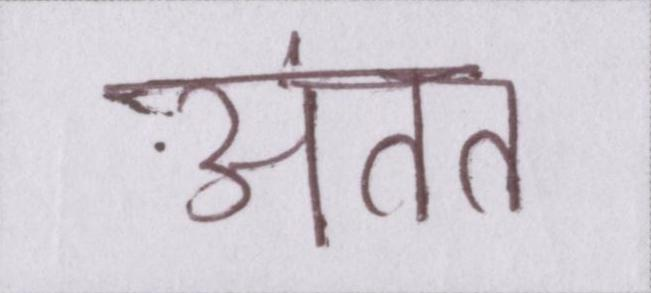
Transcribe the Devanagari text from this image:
अंतत